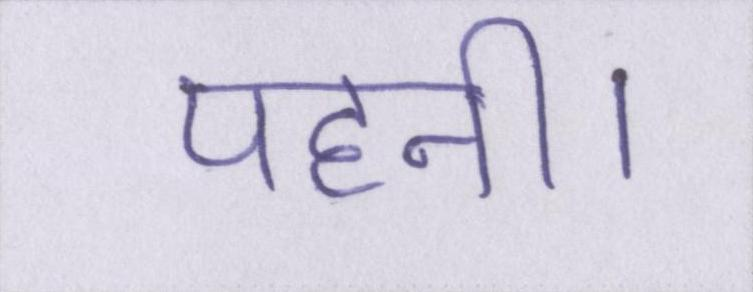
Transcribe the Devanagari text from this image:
पहनी।